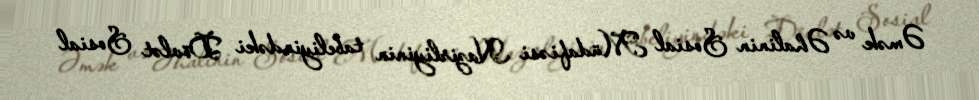
Əmək və Əhalinin Sosial Müdafiəsi Nazirliyinin tabeliyindəki Dövlət Sosial